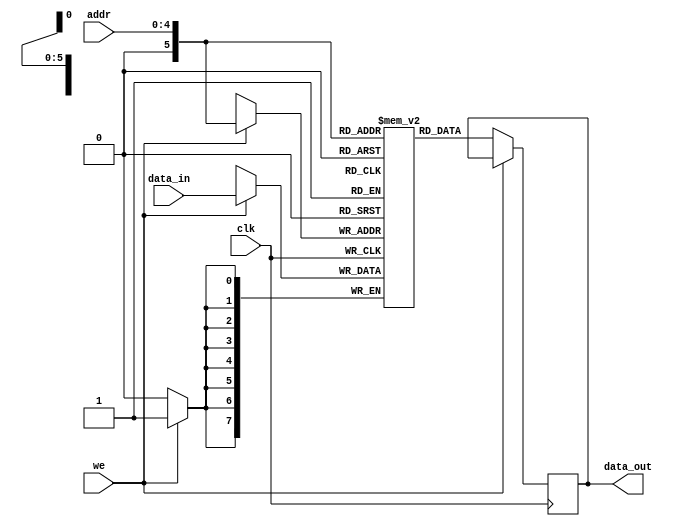
module RAM( data_in, addr, we, clk, data_out);

	input [7:0] data_in;
	input [4:0] addr;
	input we, clk;
	output reg [7:0] data_out;

	// Declare the RAM variable
	reg [7:0] ram[32:0];
	
	// Variable to hold the registered read address
	reg [5:0] addr_reg;
	
	always @ (posedge clk)
	begin
	// Write
		if (we)
			ram[addr] <= data_in;
		else 
			data_out <= ram[addr];	
	end

	
endmodule